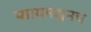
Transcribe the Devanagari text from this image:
प्सायमधूनच